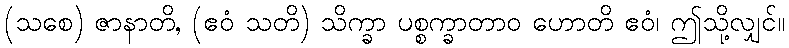
(သစေ) ဇာနာတိ, (ဧဝံ သတိ) သိက္ခာ ပစ္စက္ခာတာဝ ဟောတိ ဧဝံ၊ ဤသို့လျှင်။